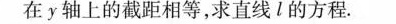
在y轴上的截距相等，求直线l的方程.